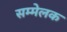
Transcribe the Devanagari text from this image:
सम्मेलक